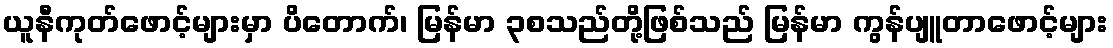
ယူနီကုတ်ဖောင့်များမှာ ပိတောက်၊ မြန်မာ ၃စသည်တို့ဖြစ်သည် မြန်မာ ကွန်ပျူတာဖောင့်များ